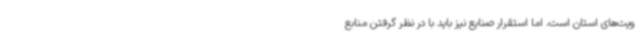
ویت‌های استان است، اما استقرار صنایع نیز باید با در نظر گرفتن منابع